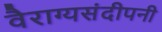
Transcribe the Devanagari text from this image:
वैराग्यसंदीपनी